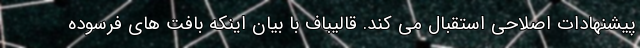
پیشنهادات اصلاحی استقبال می کند. قالیباف با بیان اینکه بافت های فرسوده